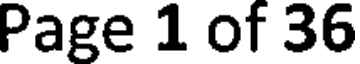
Page 1 of 36